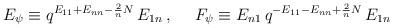
LaTeX: \begin{align*}E_\psi\equiv q^{E_{11}+E_{nn}-\frac{2}{n}N}\,E_{1n}\,,~~~~F_\psi\equiv E_{n1}\,q^{-E_{11}-E_{nn}+\frac{2}{n}N}\,E_{1n}\end{align*}